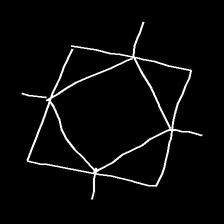
Glyph: light